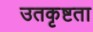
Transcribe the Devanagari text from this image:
उतकृष्टता